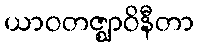
ယာဝတဇ္ဈာဝိနီတာ